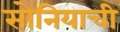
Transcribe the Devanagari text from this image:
सोनियाची